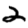
Digit: 2